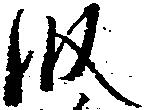
段